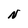
Character: N